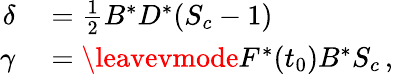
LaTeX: \begin{array}{rl}{\delta}&{{}=\frac{1}{2}B^{*}D^{*}(S_{c}-1)}\\ {\gamma}&{{}=\leavevmode{F^{*}(t_{0})B^{*}S_{c}}\, ,}\end{array}